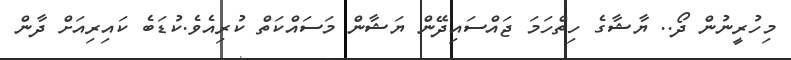
މިހުރީނުން ދޯ.. ޔާޝާގެ ހިތްހަމަ ޖައްސައިދޭން ޔަޝާން މަސައްކަތް ކުރިއެވެ.ކުޑަބެ ކައިރިއަށް ދާން